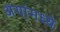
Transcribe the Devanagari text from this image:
अंगांमध्ये